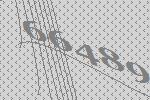
66489